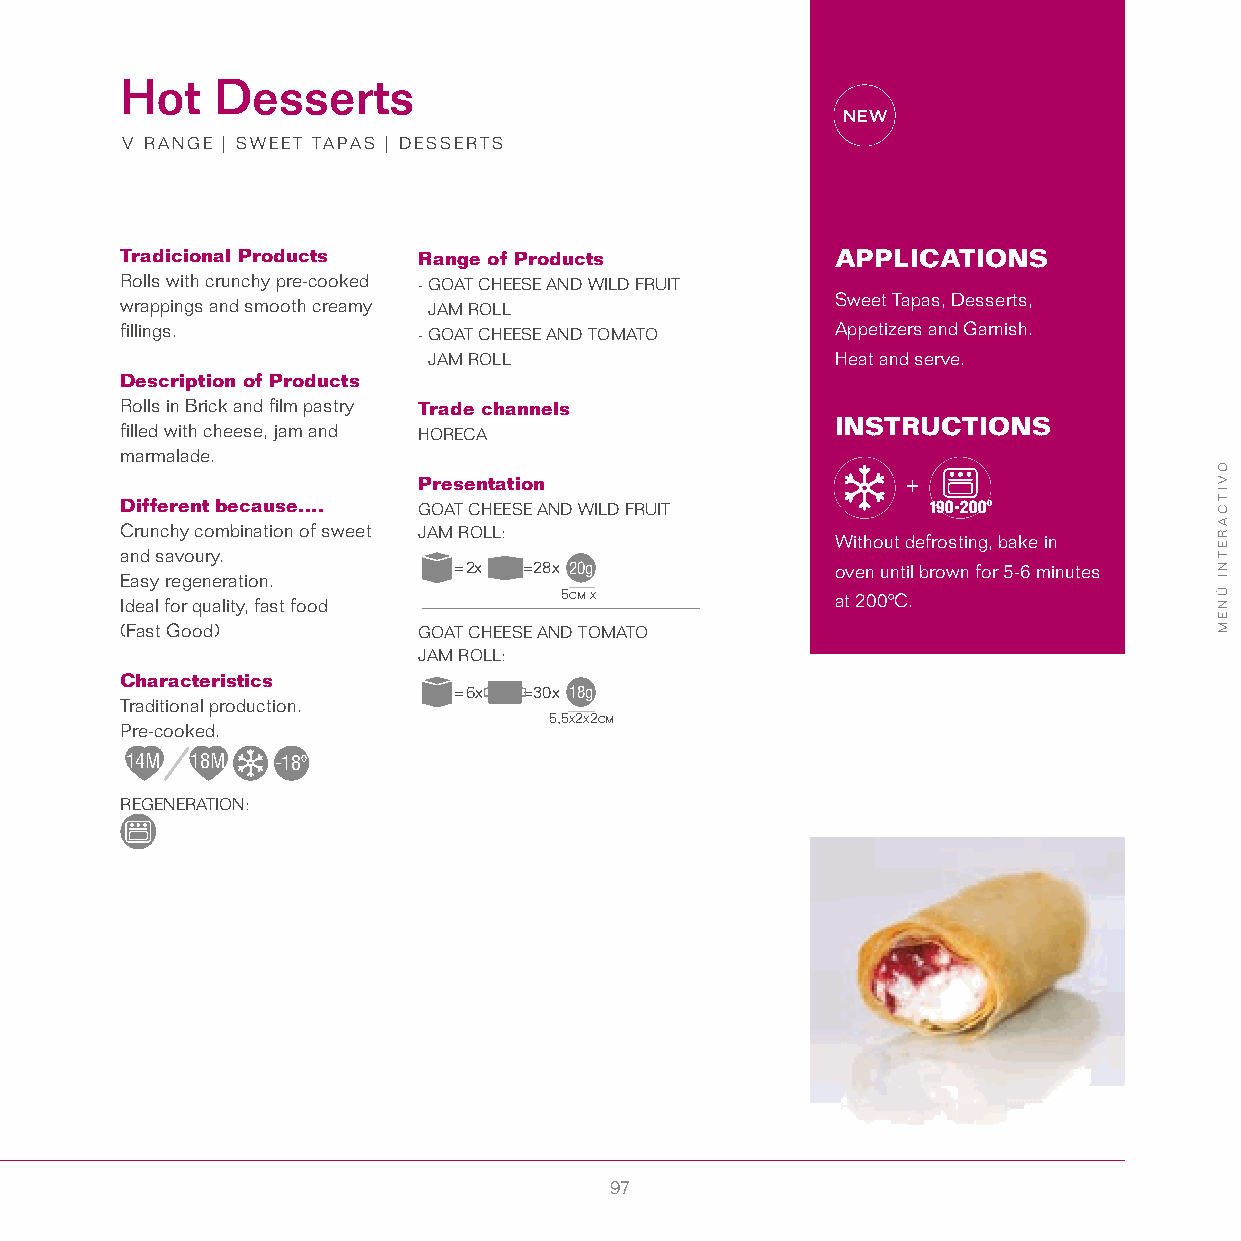
Hot   Desserts
 V RANGE | SWEET TAPAS | DESSERTS
 Tradicional Products Range of Products         APPLICATIONS
 Rolls with crunchy pre-cooked - GOAT CHEESE AND WILD FRUIT
 wrappings and smooth creamy JAM ROLL           Sweet Tapas, Desserts,
 fillings.           - GOAT CHEESE AND TOMATO   Appetizers and Garnish.
 JAM ROLL                   Heat and serve.
 Description of Products
 Rolls in Brick and film pastry Trade channels
 INSTRUCTIONS
 filled with cheese, jam and HORECA
 marmalade.
 Presentation
 Different because.... GOAT CHEESE AND WILD FRUIT     190-200º
 Crunchy combination of sweet JAM ROLL:
 Without defrosting, bake in
 and savoury.
 = 2x =28x 20g            oven until brown for 5-6 minutes
 Easy regeneration.
 Ideal for quality, fast food 5cm x             at 200ºC.
 (Fast Good)         GOAT CHEESE AND TOMATO
 JAM ROLL:
 Characteristics
 = 6x =30x 18g
 Traditional production.
 5,5x2x2cm
 Pre-cooked.
 14M  18M  -18º
 REGENERATION:
 97
 OVITCARETNI
 ÚNEM